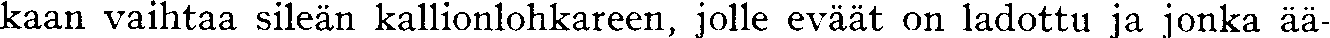
kaan vaihtaa sileän kallionlohkareen, jolle eväät on ladottu ja jonka ää-